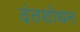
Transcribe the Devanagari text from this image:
दंतशोधन